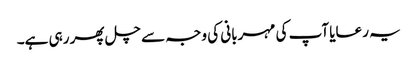
یہ رعایا آپ کی مہربانی کی وجہ سے چل پھر رہی ہے۔